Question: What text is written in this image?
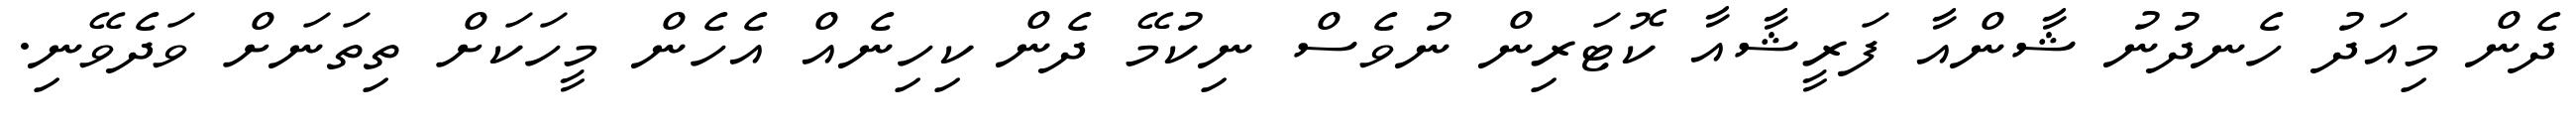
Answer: ދެން މިއަދު ހެނދުނު ޝާންއާ ފަރީޝާއާ ކޮޓަރިން ނުވެސް ނިކުމޭ ދެން ކިހިނެއް އެހެން މީހަކަށް ތިތަނަށް ވަދެވޭނި.